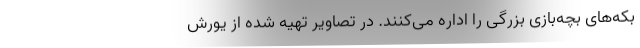
بکه‌های بچه‌بازی بزرگی را اداره می‌کنند. در تصاویر تهیه شده از یورش